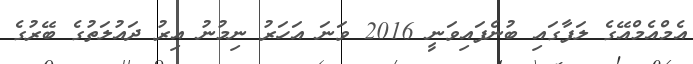
އެމްއެމްއޭގެ ލަފާގައި ބުނެފައިވަނީ 2016 ވަނަ އަހަރު ނިމުނު އިރު ދައުލަތުގެ ބޭރުގެ